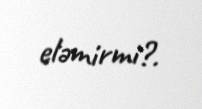
eləmirmi?.